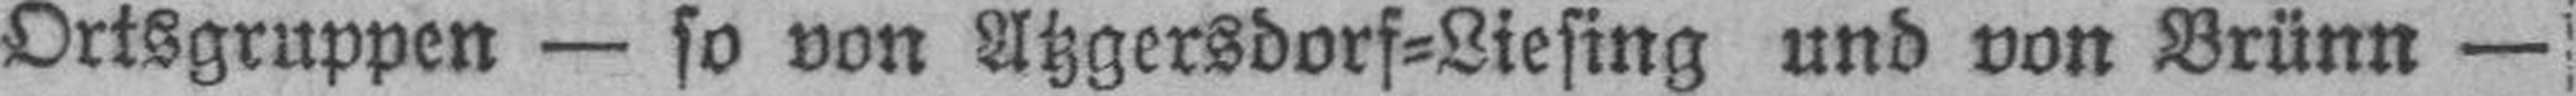
Ortsgruppen — so von Atzgersdorf=Liesing und von Brünn —